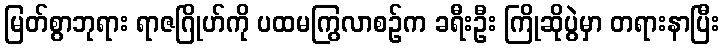
မြတ်စွာဘုရား ရာဇဂြိုဟ်ကို ပထမကြွလာစဉ်က ခရီးဦး ကြိုဆိုပွဲမှာ တရားနာပြီး